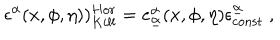
\epsilon ^ { \alpha } ( x , \phi , \eta ) ) _ { K i l l } ^ { H o r } = e _ { \underline { { { \alpha } } } } ^ { \alpha } ( x , \phi , \eta ) \epsilon _ { \mathrm { c o n s t } } ^ { \underline { { { \alpha } } } } \ ,